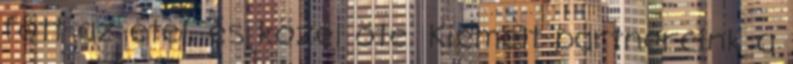
főtt az étel, és közel öte. Kiemelt partnereink a